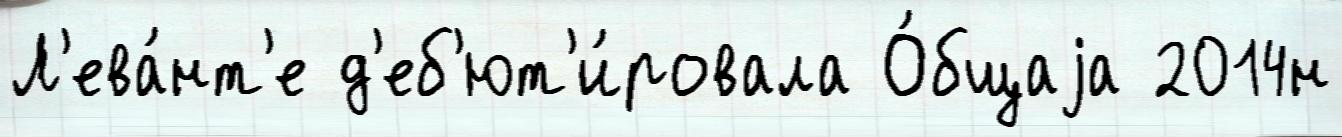
Л'ева́нт'е д'еб'ют'и́ровала О́бщаjа 2014н